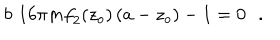
b \, \, 1 6 \pi m { f } _ { 2 } ( z _ { o } ) \, ( a - z _ { o } ) - 1 = 0 \, \, \, \, .